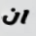
ان